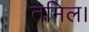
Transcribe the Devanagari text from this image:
तमिल।